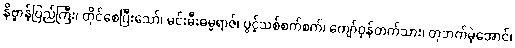
နိဗ္ဗာန်ပြည်ကြီး၊ တိုင်စေပြီးသော်၊ မင်းမီးဓမ္မရာဇ်၊ ပွင့်သစ်စက်စက်၊ ကျော်ဝှန်တက်သား၊ တုဘက်မဲ့အောင်၊